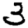
Digit: 3